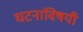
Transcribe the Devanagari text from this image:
घटनांविषयी